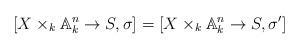
LaTeX: \begin{align*}[X\times_k\mathbb A_k^n\to S,\sigma]=[X\times_k\mathbb A_k^n\to S,\sigma']\end{align*}